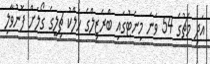
އަދި މެޗުގެ 54 ވަނަ މިނެޓުގައި ބްރެޒިލްގެ ހަލްކު ޗިލީގެ ގޯލަށް ފޮނުވާލި